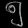
Digit: ၅